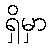
ရှိမှာ